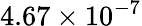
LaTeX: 4.67\times 10^{-7}